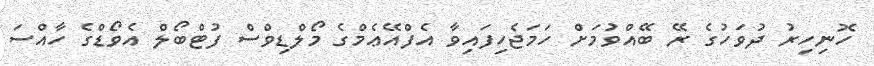
ހޮނިހިރު ދުވަހުގެ ރޭ ބޭއްވުމަށް ހަމަޖެހިފައިވާ އެފްއޭޢެމްގެ މޯލްޑިވްސް ފުޓްބޯލް އެވޯޑްގެ ހާއްސަ